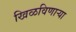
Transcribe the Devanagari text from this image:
खिळविणार्‍या